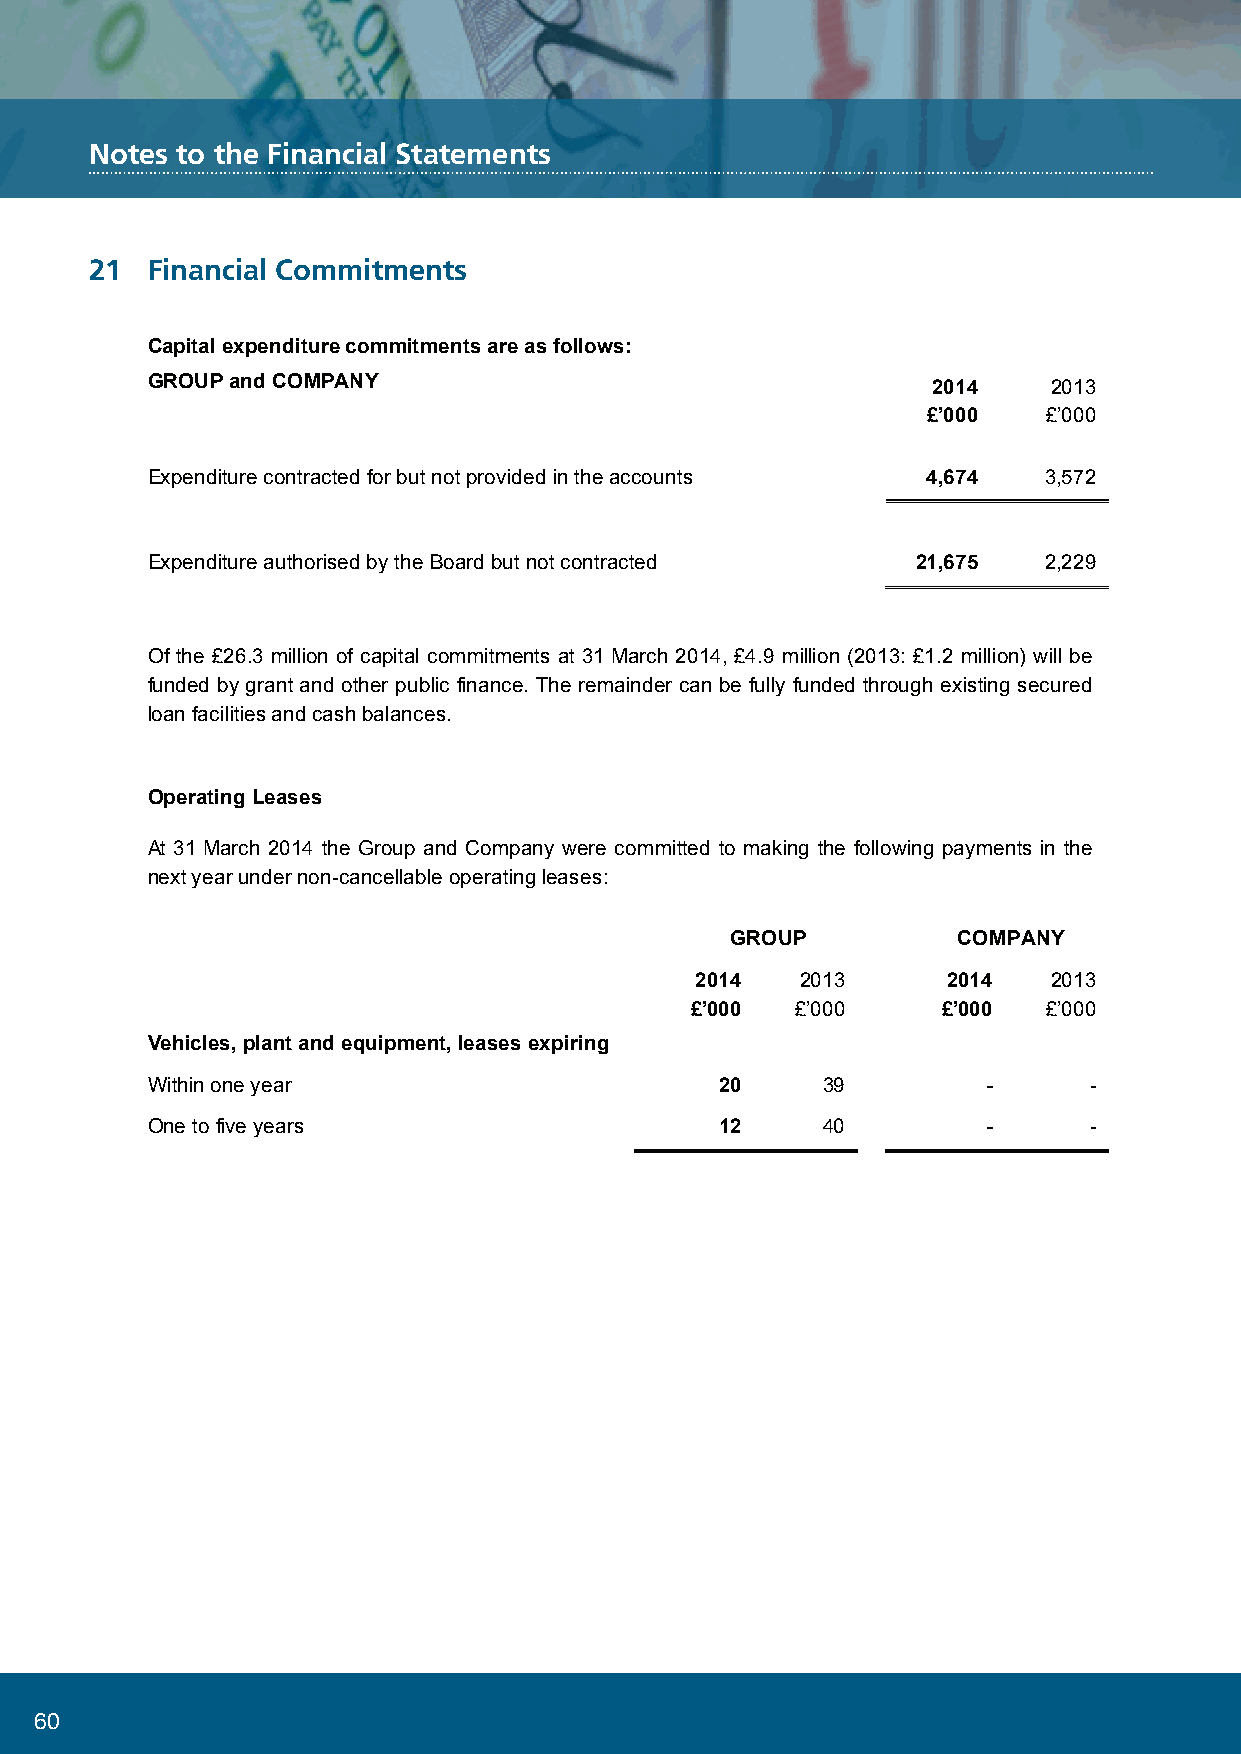
NoteCs otaos tthlien eF iHnaonucsiianlg S tLaimteimteedn ts
 Notes to the Financial Statements
 21  Financial Commitments
 21  Financial Commitments
 Capital expenditure commitments are as follows:
 GROUP and COMPANY(cid:1)                            2014    2013
 £’000   £’000
 Expenditure contracted for but not provided in the accounts 4,674 3,572
 Expenditure authorised by the Board but not contracted 21,675 2,229
 Of the £26.3 million of capital commitments at 31 March 2014, £4.9 million (2013: £1.2 million) will be
 funded by grant and other public finance. The remainder can be fully funded through existing secured
 loan facilities and cash balances.
 Operating Leases
 At 31 March 2014 the Group and Company were committed to making the following payments in the
 next year under non-cancellable operating leases:
 GROUP          COMPANY
 2014   2013      2014   2013
 £’000  £’000    £’000  £’000
 Vehicles, plant and equipment, leases expiring
 Within one year                       20    39         -      -
 One to five years                     12    40         -      -
 56
 60